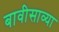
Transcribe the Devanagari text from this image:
बावीसाव्या